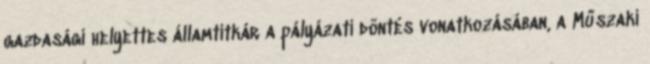
gazdasági helyettes államtitkár a pályázati döntés vonatkozásában, a Műszaki